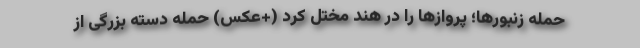
حمله زنبورها؛ پروازها را در هند مختل کرد (+عکس) حمله دسته بزرگی از